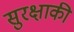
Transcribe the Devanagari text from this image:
सुरक्षाकी